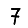
Digit: 7